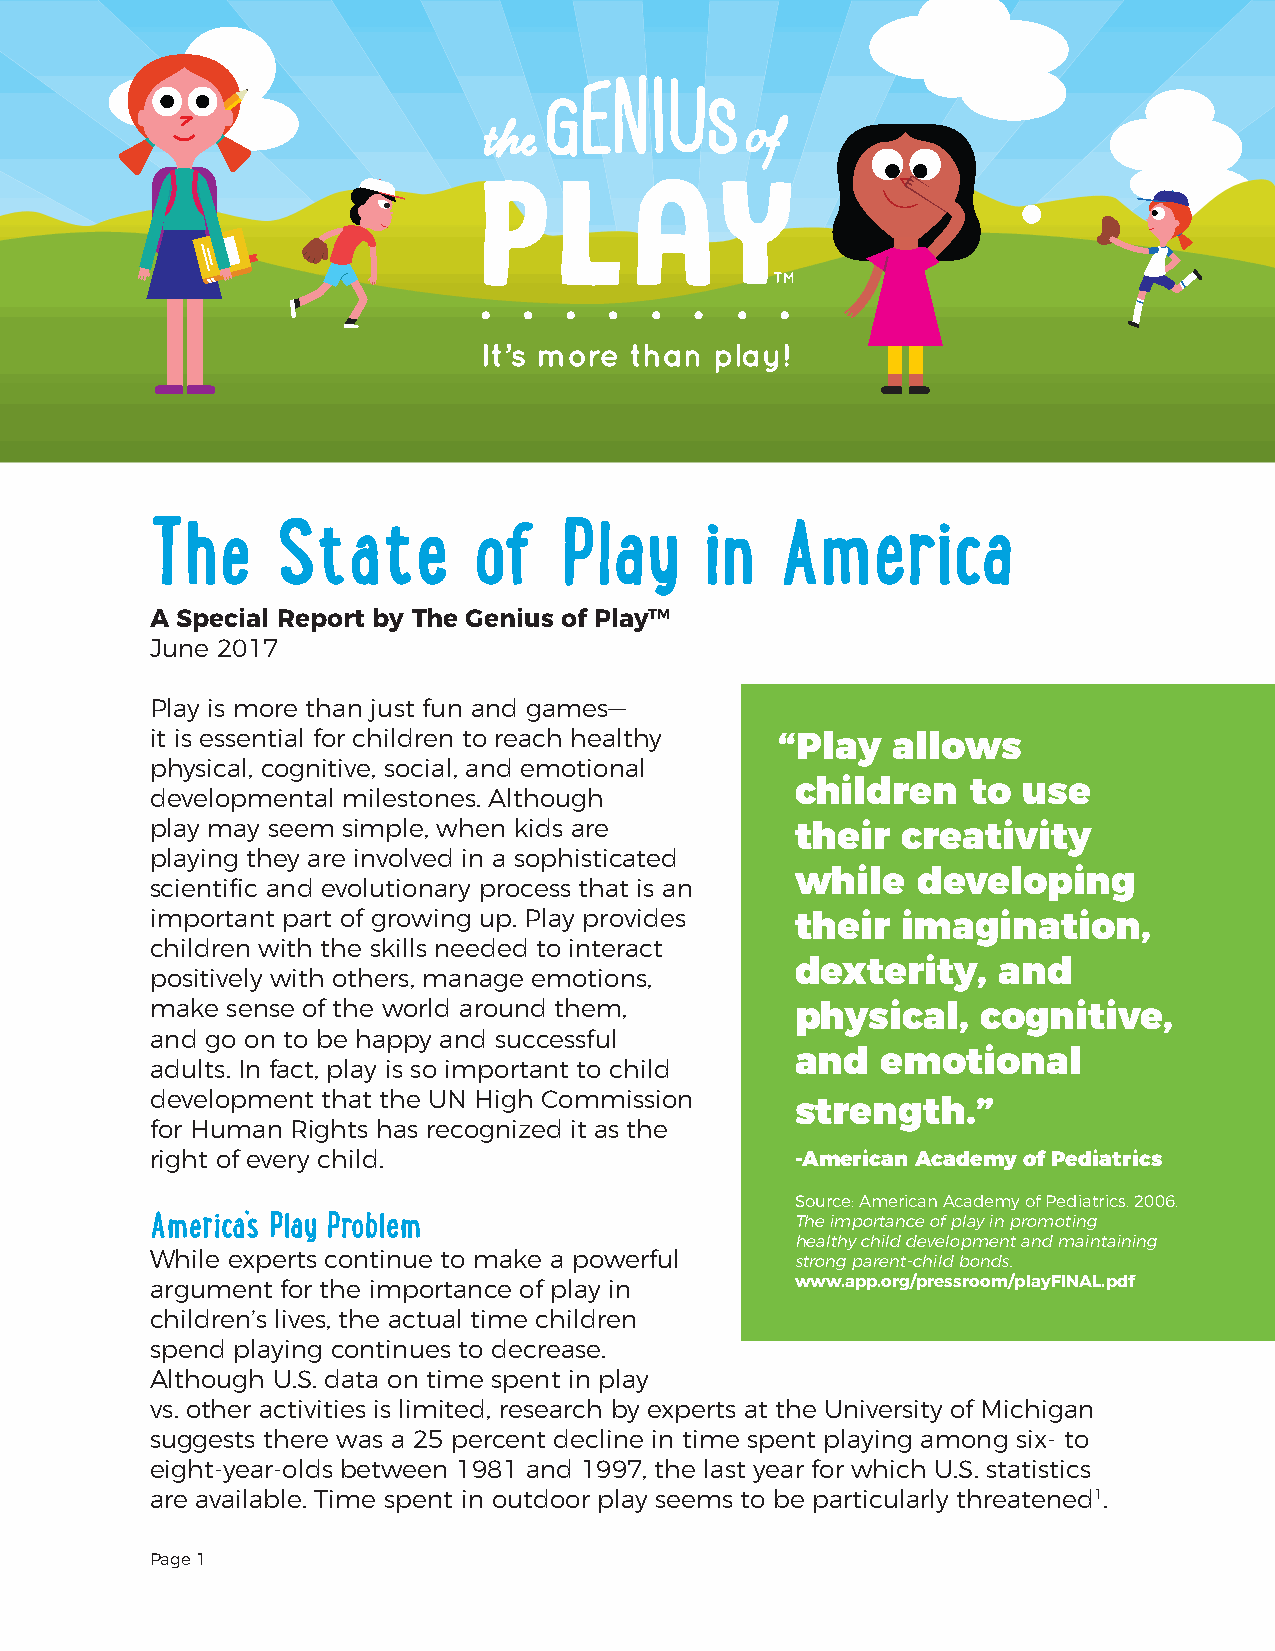
The     State        of    Play      in   America
 A Special Report by The Genius of PlayTM
 June 2017
 Play is more than just fun and games—
 it is essential for children to reach healthy “Play allows
 physical, cognitive, social, and emotional
 children   to  use
 developmental milestones. Although
 play may seem simple, when kids are        their  creativity
 playing they are involved in a sophisticated
 while   developing
 scientific and evolutionary process that is an
 important part of growing up. Play provides their imagination,
 children with the skills needed to interact
 dexterity,   and
 positively with others, manage emotions,
 make sense of the world around them,       physical,   cognitive,
 and go on to be happy and successful
 and  emotional
 adults. In fact, play is so important to child
 development that the UN High Commission
 strength.”
 for Human Rights has recognized it as the
 right of every child.                      -American Academy of Pediatrics
 Source: American Academy of Pediatrics. 2006.
 America’s Play Problem                     The importance of play in promoting
 healthy child development and maintaining
 While experts continue to make a powerful  strong parent-child bonds.
 argument for the importance of play in     www.app.org/pressroom/playFINAL.pdf
 children’s lives, the actual time children
 spend playing continues to decrease.
 Although U.S. data on time spent in play
 vs. other activities is limited, research by experts at the University of Michigan
 suggests there was a 25 percent decline in time spent playing among six- to
 eight-year-olds between 1981 and 1997, the last year for which U.S. statistics
 are available. Time spent in outdoor play seems to be particularly threatened1.
 Page 1